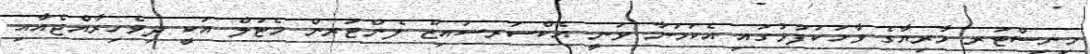
މިނިސްޓަރ މާރިޔާގެ ވާހަކަފުޅުގައި އެކަމަނާ ވަނީ އެކްސަރސައިޒް ލެންޓަރން މެޓަލް އަކީ ދިވެހިރާއްޖެއާއި